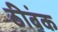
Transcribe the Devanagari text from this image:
ठीबंक